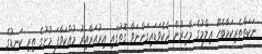
ނަކަތްތެރިކަމާބެހޭ ޢިލްމުގެ މާހިރުން ދެކެވަޑައިގަންނަވާ ގޮތުގައި އިރުއަރާއިރު މުއްކަވާފަ މުށުގެ ތިރި ކަނޑުގެ